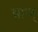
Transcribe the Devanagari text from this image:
भ्राज्